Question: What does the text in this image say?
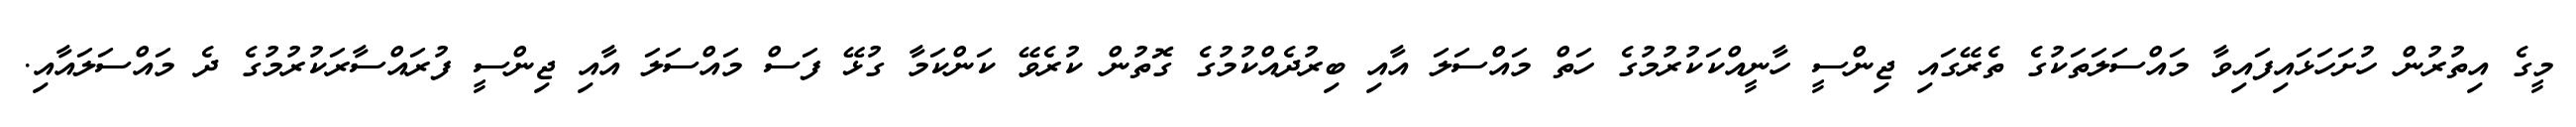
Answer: މީގެ އިތުރުން ހުށަހަޅައިފައިވާ މައްސަލަތަކުގެ ތެރޭގައި ޖިންސީ ހާނީއްކަކުރުމުގެ ހަތް މައްސަލަ އާއި ބިރުދެއްކުމުގެ ގޮތުން ކުރެވޭ ކަންކަމާ ގުޅޭ ފަސް މައްސަލަ އާއި ޖިންސީ ފުރައްސާރަކުރުމުގެ ދެ މައްސަލައާއި.